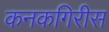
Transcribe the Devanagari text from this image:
कनकगिरीस